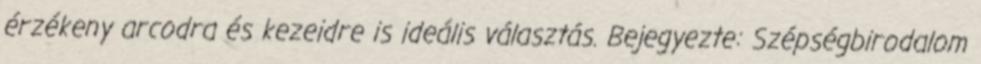
érzékeny arcodra és kezeidre is ideális választás. Bejegyezte: Szépségbirodalom